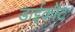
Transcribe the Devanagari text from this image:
डाईकोट